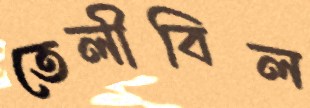
তেলীবিল